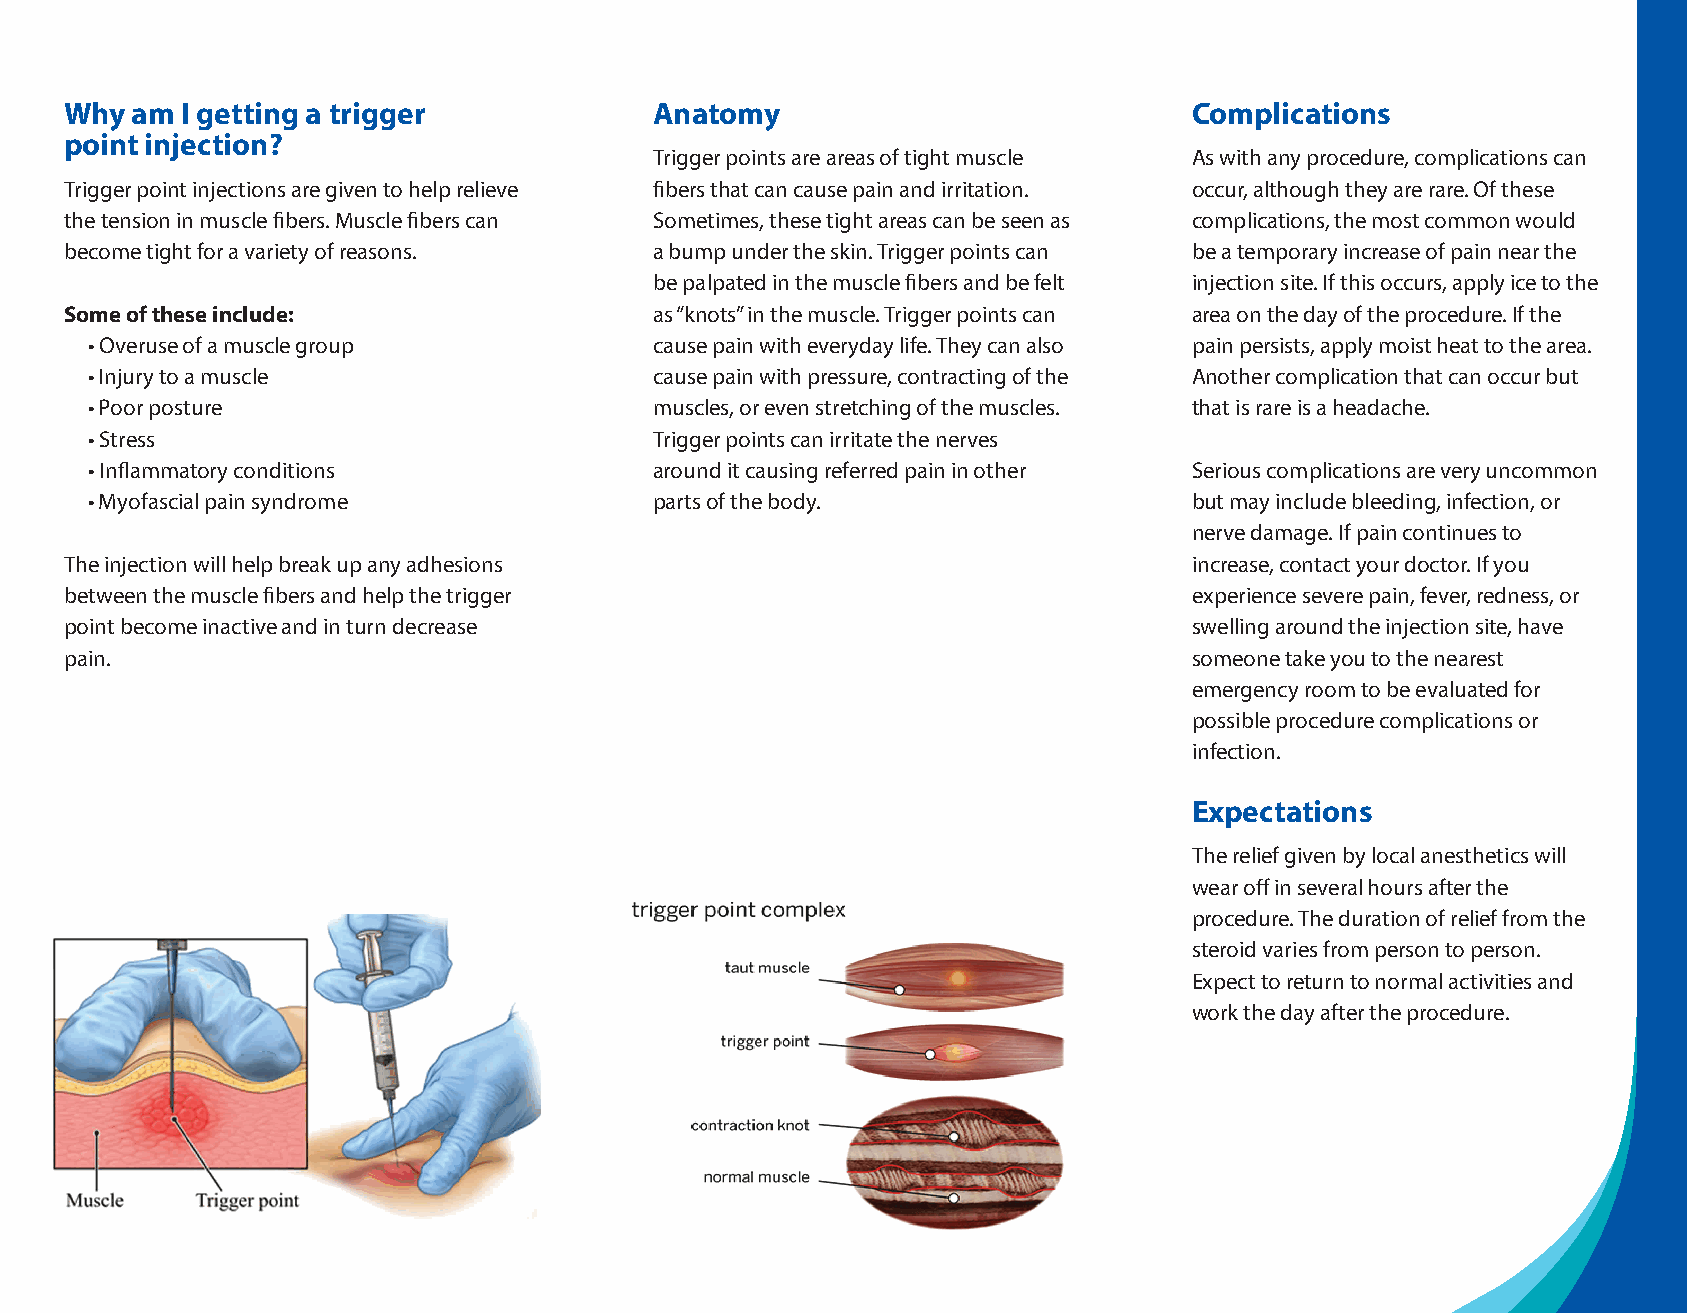
Why  am I getting a trigger            Anatomy                             Complications
 point injection?
 Trigger points are areas of tight muscle As with any procedure, complications can
 Trigger point injections are given to help relieve fibers that can cause pain and irritation. occur, although they are rare. Of these
 the tension in muscle fibers. Muscle fibers can Sometimes, these tight areas can be seen as complications, the most common would
 become tight for a variety of reasons. a bump under the skin. Trigger points can be a temporary increase of pain near the
 be palpated in the muscle fibers and be felt injection site. If this occurs, apply ice to the
 Some of these include:                 as “knots” in the muscle. Trigger points can area on the day of the procedure. If the
 • Overuse of a muscle group          cause pain with everyday life. They can also pain persists, apply moist heat to the area.
 • Injury to a muscle                 cause pain with pressure, contracting of the Another complication that can occur but
 • Poor posture                       muscles, or even stretching of the muscles. that is rare is a headache.
 • Stress                             Trigger points can irritate the nerves
 • Inflammatory conditions            around it causing referred pain in other Serious complications are very uncommon
 • Myofascial pain syndrome           parts of the body.                  but may include bleeding, infection, or
 nerve damage. If pain continues to
 The injection will help break up any adhesions                             increase, contact your doctor. If you
 between the muscle fibers and help the trigger                             experience severe pain, fever, redness, or
 point become inactive and in turn decrease                                 swelling around the injection site, have
 pain.                                                                      someone take you to the nearest
 emergency room to be evaluated for
 possible procedure complications or
 infection.
 Expectations
 The relief given by local anesthetics will
 wear off in several hours after the
 procedure. The duration of relief from the
 steroid varies from person to person.
 Expect to return to normal activities and
 work the day after the procedure.